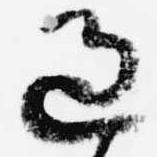
過